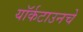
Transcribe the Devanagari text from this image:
यॉर्कटाउनचे